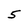
Character: 5